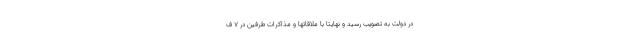
در دولت به تصویب رسید و نهایتا با ملاقاتها و مذاکرات طرفین در ۷ ف